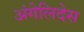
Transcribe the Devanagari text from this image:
अंगेलिदेस